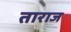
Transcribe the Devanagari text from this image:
ताराज